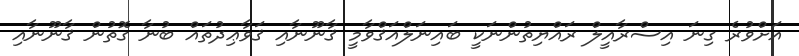
އަށްވުރެ ގިނަ އިސްރާއީލް ރައްޔިތުންނަކީ ބައިނަލްއަޤްވާމީ ޤާނޫނާއި ޤަވާޢިދުތައް ބުނާ ގޮތުން ޤާނޫނާއި